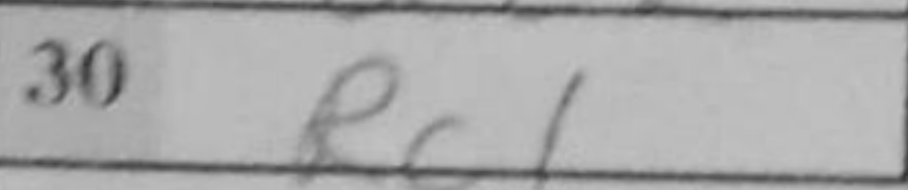
Transcription: Rc1